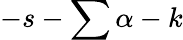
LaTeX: -s-\sum\alpha-k